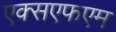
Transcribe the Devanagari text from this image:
एक्सएफएम